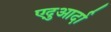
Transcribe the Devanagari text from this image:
एदुआर्दा